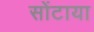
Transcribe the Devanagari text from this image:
सोंटाया